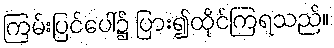
ကြမ်းပြင်ပေါ်၌ ပြား၍ထိုင်ကြရသည်။